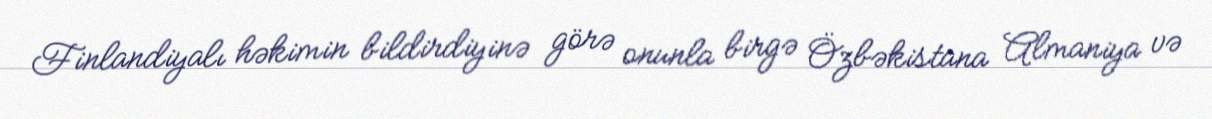
Finlandiyalı həkimin bildirdiyinə görə onunla birgə Özbəkistana Almaniya və